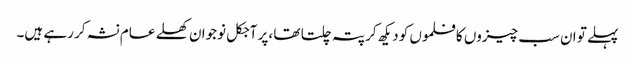
پہلے تو ان سب چیزوں کا فلموں کو دیکھ کر پتہ چلتا تھا ،پر آجکل نوجوان کھلے عام نشہ کر رہے ہیں۔